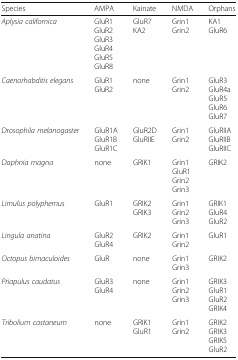
| Species | AMPA | Kainate | NMDA | Orphans |
 | --- | --- | --- | --- | --- |
 | Aplysia californica | GluR1GluR2GluR3GluR4GluR5GluR8 | GluR7KA2 | Grin1Grin2 | KA1GluR6 |
 | Caenorhabditis elegans | GluR1GluR2 | none | Grin1Grin2 | GluR3GluR4aGluR5GluR6GluR7 |
 | Drosophila melanogaster | GluR1AGluR1BGluR1C | GluR2DGluRIIE | Grin1Grin2 | GluRIIAGluRIIBGluRIIC |
 | Daphnia magna | none | GRIK1 | Grin1GluR1Grin2Grin3 | GRIK2 |
 | Limulus polyphemus | GluR1 | GRIK2GRIK3 | Grin1Grin2Grin3 | GRIK1GluR4GluR2 |
 | Lingula anatina | GluR2GluR4 | GRIK2 | Grin1Grin2 | GluR1 |
 | Octopus bimaculoides | GluR | none | Grin1Grin3 | GRIK2 |
 | Priapulus caudatus | GluR3GluR4 | none | Grin1Grin2Grin3 | GRIK3GluR1GluR2GRIK4 |
 | Tribolium castaneum | none | GRIK1GluR1 | Grin1Grin2 | GRIK2GRIK3GRIK5GluR2 |